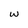
Character: w